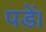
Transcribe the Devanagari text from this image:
पडें।